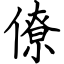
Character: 僚